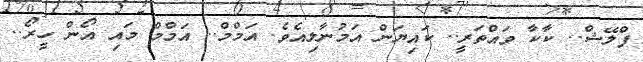
ފްލޭޝް.. ކާކާ ވައްތަރީ.. ކައިޔަން އަމުނާލިއެވެ. އަމްމް.. އަމްމް މައި އޯން ހީރޯ..